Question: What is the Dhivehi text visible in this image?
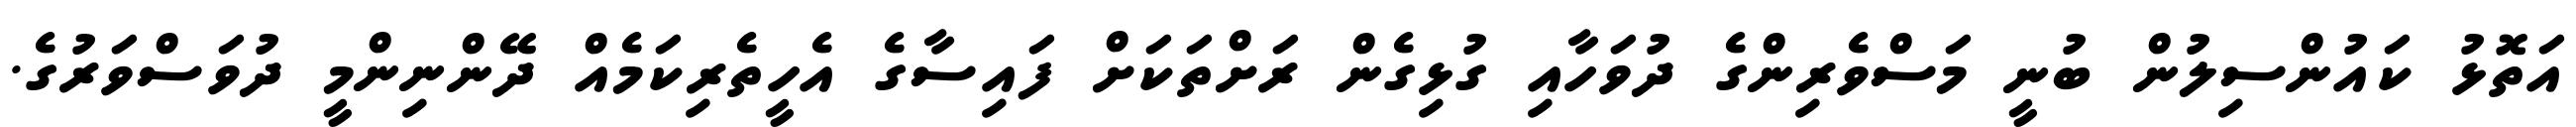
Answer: އަތޮޅު ކައުންސިލުން ބުނީ މަސްވެރިންގެ ދުވަހާއި ގުޅިގެން ރަށްތަކަށް ފައިސާގެ އެހީތެރިކަމެއް ދޭންނިންމީ ދުވަސްވަރުގެ.